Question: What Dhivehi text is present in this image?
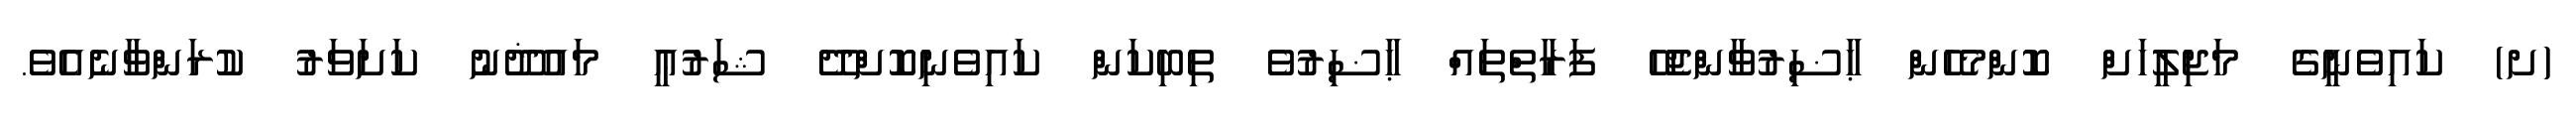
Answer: (ށ) ކައިވެނީގެ މަޖިލީހަށް ކޮންމެހެން ޙާޟިރުވާންޖެހޭ ފަރާތްތައް ޙާޟިރުވެ ތިބިކަން ކައިވެނިކޮށްދޭ ޝަރުޢީ މައުޛޫނު ކަށަވަރު ކުރަންވާނެއެވެ.